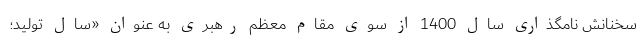
سخنانش نامگذاری سال 1400 از سوی مقام معظم رهبری به عنوان «سال تولید؛